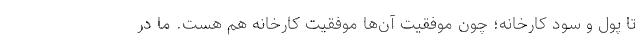
تا پول و سود کارخانه؛ چون موفقیت آن‌ها موفقیت کارخانه هم هست. ما در